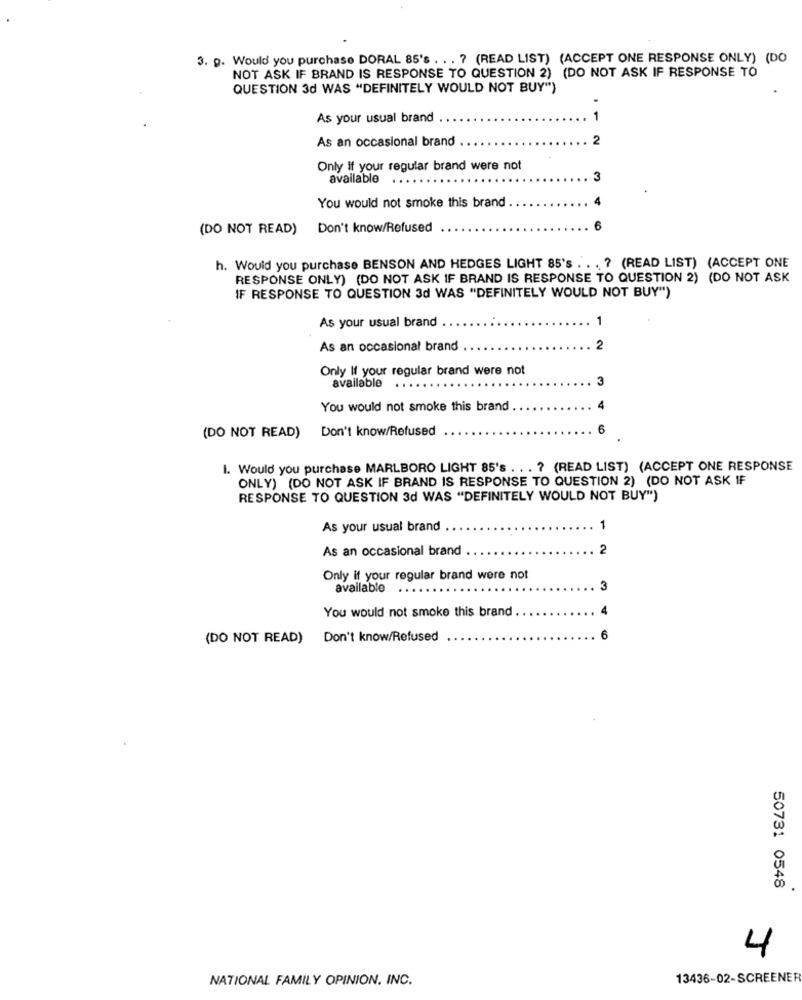
3. p. Would you purchase DORAL 85's . .. ? (READ LIST) (ACCEPT ONE RESPONSE ONLY) (DO
NOT ASK IF BRAND IS RESPONSE TO QUESTION 2) (DO NOT ASK IF RESPONSE TO
QUESTION 3d WAS "DEFINITELY WOULD NOT BUY")
As your usual brand
As an occasional brand
2
Only if your regular brand were not
available
3
You would not smoke this brand
(DO NOT READ) Don't know/Refused
6
h. Would you purchase BENSON AND HEDGES LIGHT 85's ... ? (READ LIST) (ACCEPT ONE
RESPONSE ONLY) (DO NOT ASK IF BRAND IS RESPONSE TO QUESTION 2) (DO NOT ASK
IF RESPONSE TO QUESTION 3d WAS "DEFINITELY WOULD NOT BUY")
As your usual brand
1
As an occasional brand
2
Only If your regular brand were not
available
3
You would not smoke this brand
4
Don't know/Refused
6
(DO NOT READ)
I. Would you purchase MARLBORO LIGHT 85's . .. ? (READ LIST) (ACCEPT ONE RESPONSE
ONLY) (DO NOT ASK IF BRAND IS RESPONSE TO QUESTION 2) (DO NOT ASK IF
RESPONSE TO QUESTION 3d WAS "DEFINITELY WOULD NOT BUY")
As your usual brand
1
As an occasional brand
2
Only if your regular brand were not
available
3
You would not smoke this brand
(DO NOT READ)
Don't know/Refused
6
50731 0548
4
NATIONAL FAMILY OPINION. INC.
13436-02-SCREENER